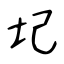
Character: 圮